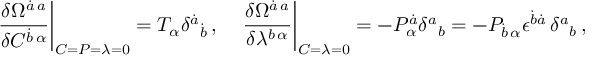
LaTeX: { \left. \frac { \delta \Omega ^ { \dot { a } \, a } } { \delta C ^ { \dot { b } \, \alpha } } \right\vert } _ { C = { \cal P } = \lambda = 0 } = T _ { \alpha } \delta ^ { \dot { a } } { } _ { \dot { b } } \, , \quad { \left. \frac { \delta \Omega ^ { \dot { a } \, a } } { \delta \lambda ^ { b \, \alpha } } \right\vert } _ { C = \lambda = 0 } = - { \cal P } _ { \alpha } ^ { \dot { a } } \delta ^ { a } { } _ { b } = - { \cal P } _ { \dot { b } \, \alpha } \epsilon ^ { \dot { b } \dot { a } } \, \delta ^ { a } { } _ { b } \, ,